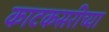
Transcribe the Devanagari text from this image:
काटकसरीच्या